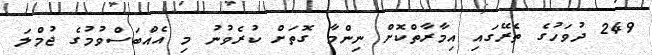
249 ދުވަހުގެ ތެރޭގައި އިމާރާތްކޮށް ނިންމާ ގޮތަށް ކުރެވުނު މި އެއްބަސްވުމުގެ ޖުމްލަ